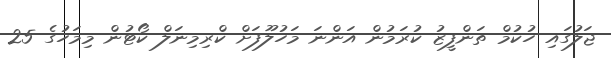
ޖަލުގައި ހުކުމް ތަންފީޒު ކުރަމުން އަންނަ މަހުލޫފަށް ކްރިމިނަލް ކޯޓުން މިމަހުގެ 25